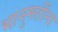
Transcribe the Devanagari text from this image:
भानुमतींना